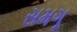
સમગૂ